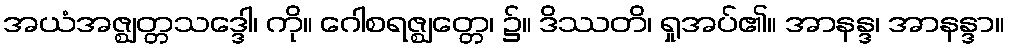
အယံအဇ္ဈတ္တသဒ္ဒေါ၊ ကို။ ဂေါစရဇ္ဈတ္တေ၊ ၌။ ဒိဿတိ၊ ရှုအပ်၏။ အာနန္ဒ၊ အာနန္ဒာ။